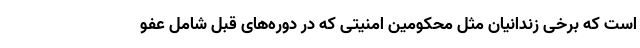
است که برخی زندانیان مثل محکومین امنیتی که در دوره‌های قبل شامل عفو